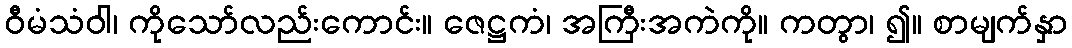
ဝီမံသံဝါ၊ ကိုသော်လည်းကောင်း။ ဇေဋ္ဌကံ၊ အကြီးအကဲကို။ ကတွာ၊ ၍။ စာမျက်နှာ